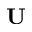
\mathrm { \bf U }